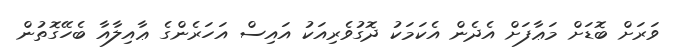
ވަރަށް ބޮޑަށް މަޢާފަށް އެދެން އެކަމަކު ދޮގުވެރިއަކު އައިސް އަހަރެންގެ ޢާއިލާއާ ބެހޭގޮތުން